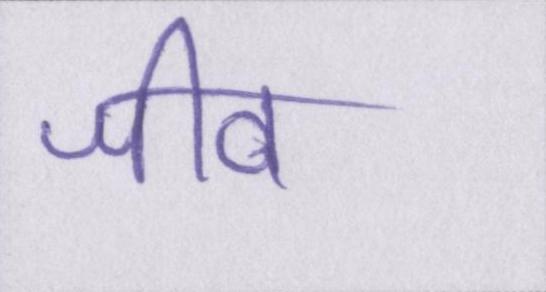
जीव